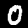
Digit: 0